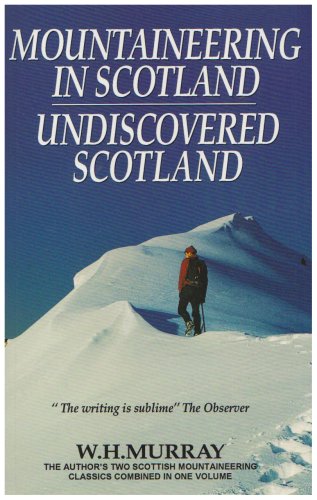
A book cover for Mountaineering in Scotland Undiscovered Scotland; W. H. Murray; Sports & Outdoors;